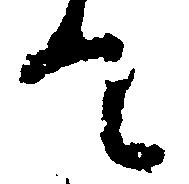
て